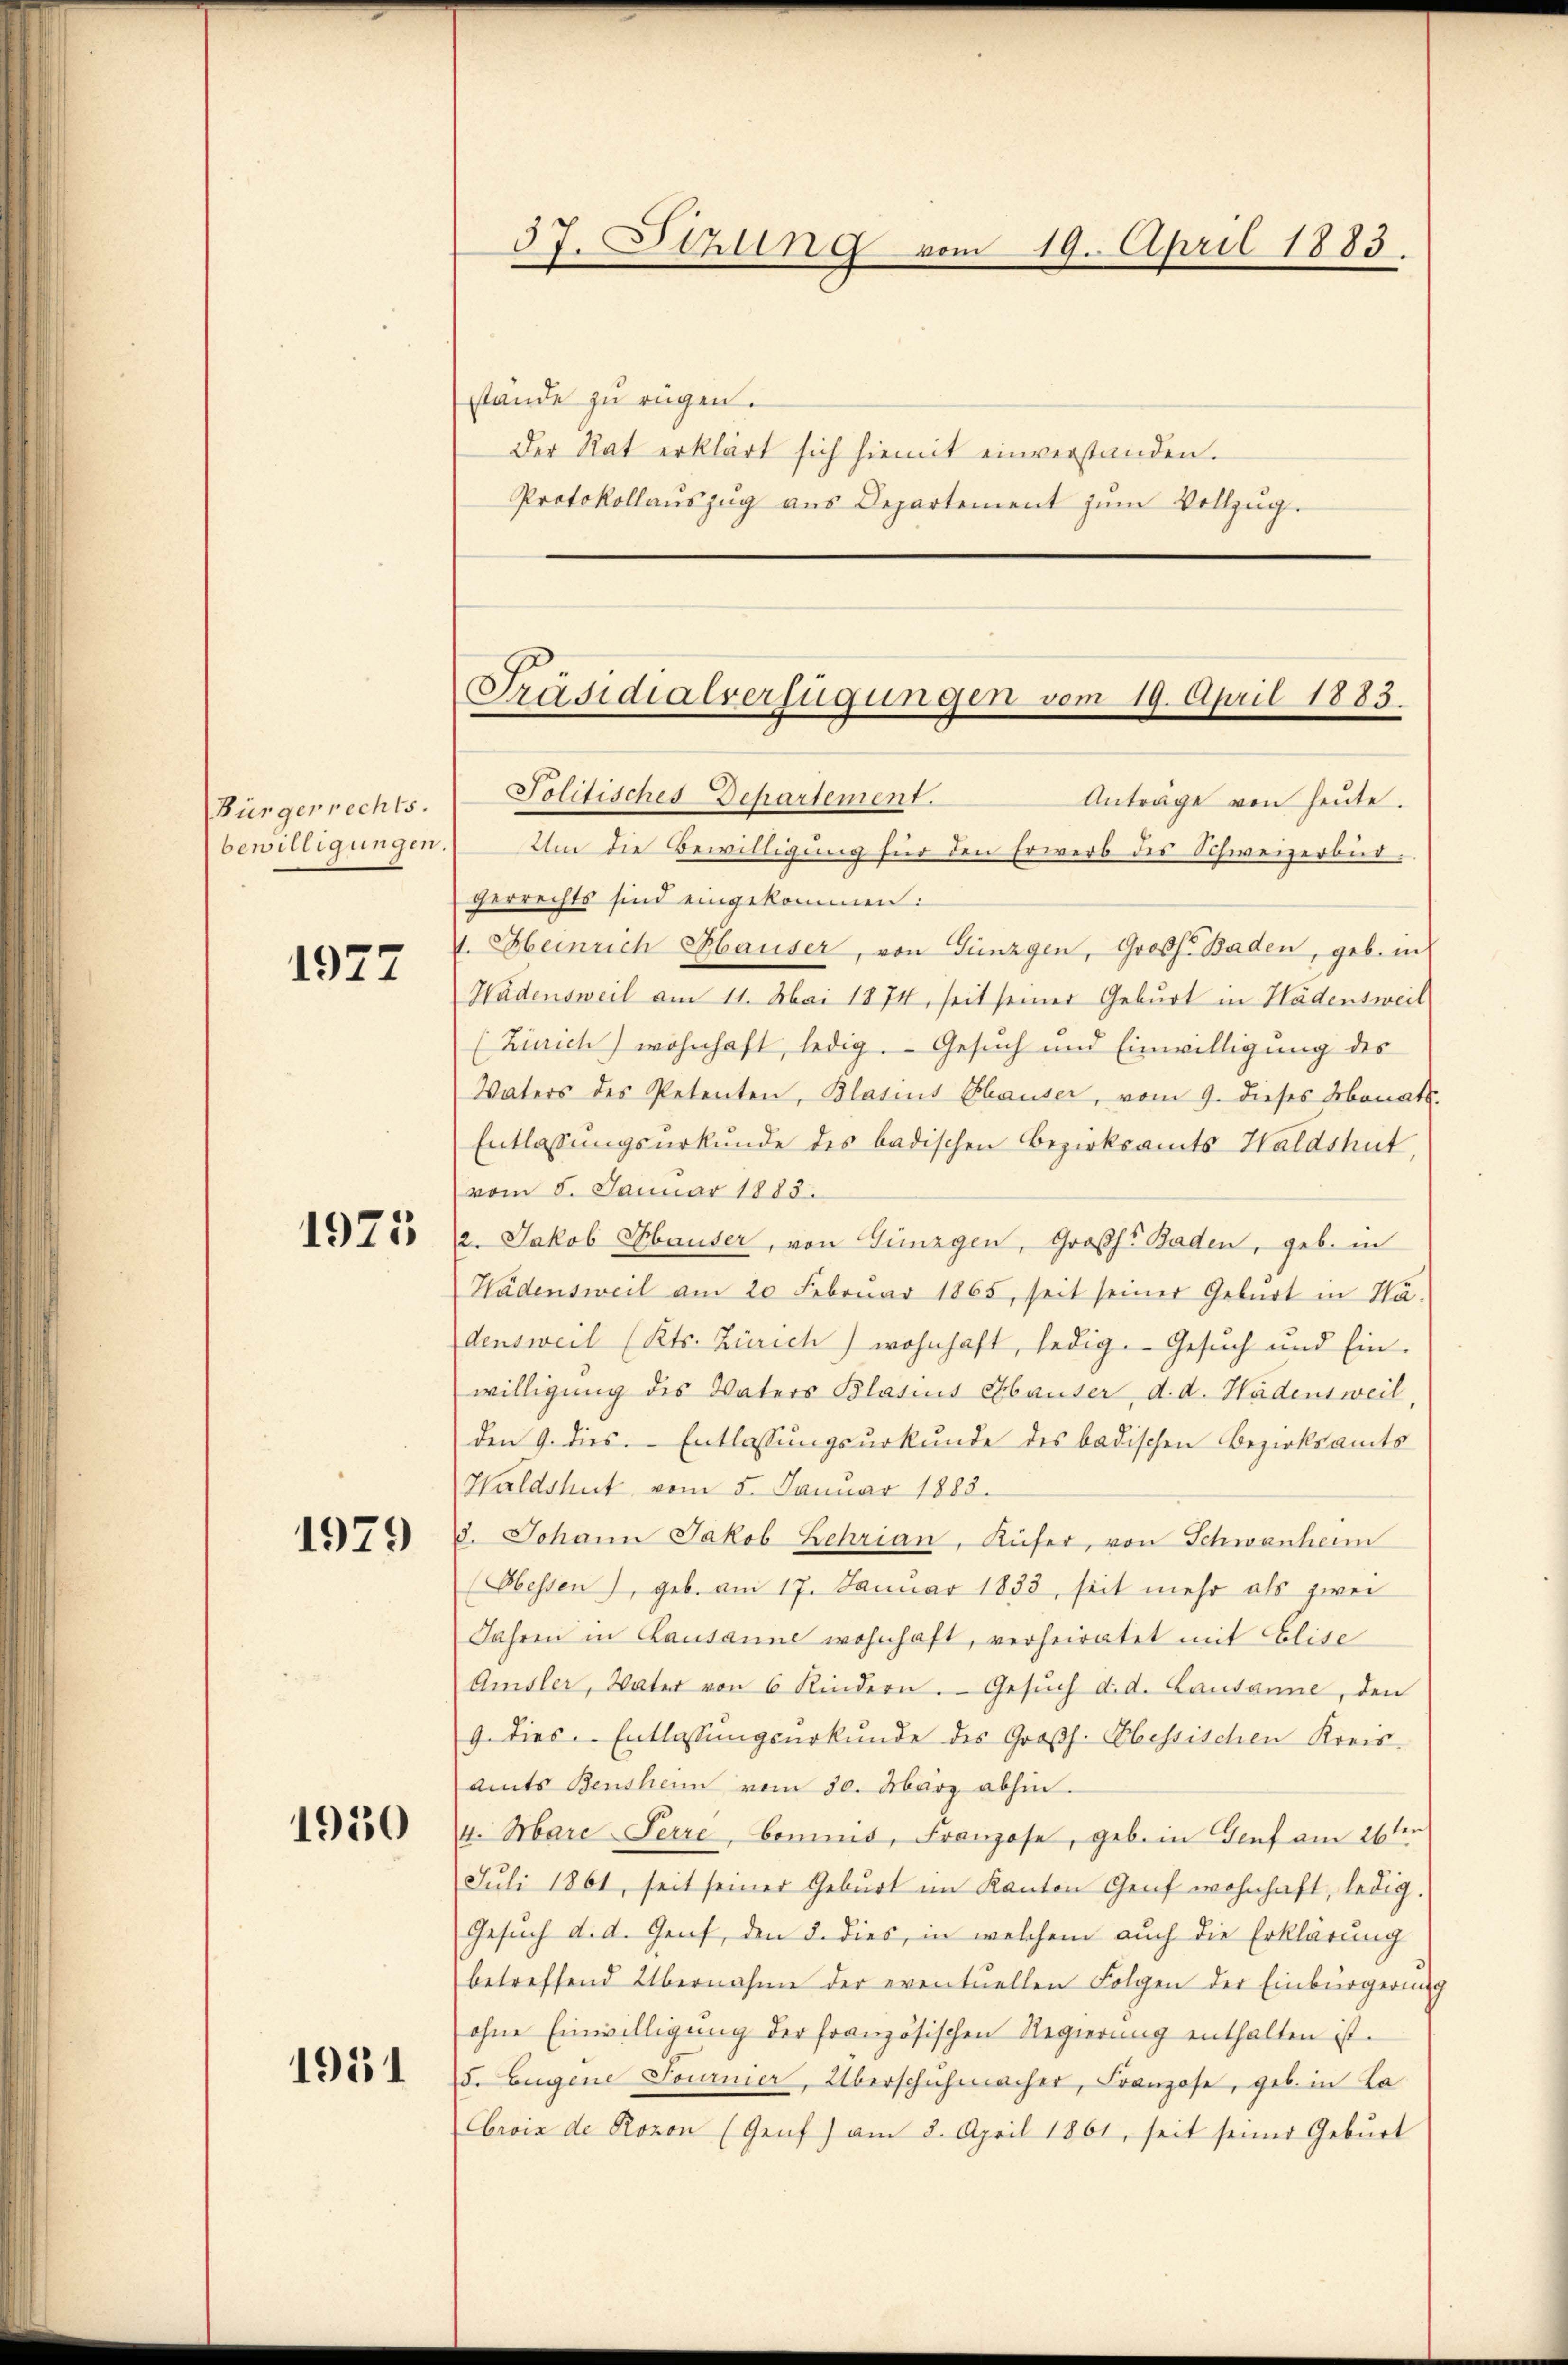
Bürgerrechts.

1927

1975

1979

1950

1931

57. Sitzung vom 19. April 1883.

stände zu rügen.
Der Rat erklärt sich hiemit einverstanden.
Protokollaŭszŭg ans Departement zŭm Vollzŭg.

Präsidialverfügungen vom 19. April 1883.
Politisches Departement.
Anträge von heute.

bewilligungen. Um die Bewilligung für den Erwerb der Schweizerbüt.
gerrechts sind eingekommen:
1. Heinrich Hauser, von Günzgen, Großh. Baden, geb. in
Wädensweil am 11. Mai 1874, seit seiner Geburt in Hädensweil
(Zirich) wohnhaft, ledig. Gesuch und Einwilligung des
Vaters des Petenten, Blasius Chauser, vom 9. dieses Monats
Entlassungsurkunde des badischen Bezirksamts Haldshut,
vom 8. Januar 1883.
2. Jakob Hauser, von Günzgen, Großh. Baden, geb. in
Hädensweil am 20 Februar 1865, seit seiner Geburt in Ha-
densweil (Kts. Zürich) wohnhaft, ledig. Gesuch und Ein-
willigung des Vaters Blasius Hauser, d. d. Hädensweil,
den 9. dies. Entlassungsurkunde des badischen Bezirksamts
Waldshut vom 5. Januar 1883.
8. Johann Jakob Lehrian, Küfer, von Schwanherm
Obessen), geb. am 17. Januar 1833, seit mehr als zwei
Jahren in Lausanne wohnhaft, verheiratet mit Elise
Amsler, Vater von 6 Kindern. Gesŭch d. d. Lausanne, den
9. dies Entlassungsurkunde des Großh. Ebessischen Kreisamts Bensheim vom 30. März abhin.
4. Mare Perre, Commis, Franzose, geb. in Genf am 26ten
Juli 1861, seit seiner Geburt im Kanton Genf wohnhaft, ledig.
Gesuch d. d. Genf, den §. dies, in welchem auch die Erklärung
betreffend Übernahme der eventuellen Folgen der Einbürgerung
ohne Einwilligung der französischen Regierung enthalten ist.
5. Eugene Fournier, Überschuhmacher, Franzose, geb. in La¬
Cbrois de Rovon (Genf) am 3. April 1861, seit seiner Geburt